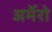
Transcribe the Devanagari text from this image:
अर्मेरो